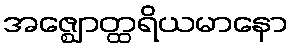
အဇ္ဈောတ္ထရိယမာနော